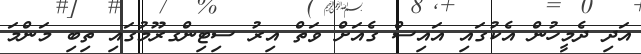
އަދި ދެމީހުން އެކުގައި އައިސް ގެއަށް ވަތް އިރު ސިޓިންގރޫމުގައި ތިބި މަންމަ